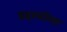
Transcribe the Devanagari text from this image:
डहाळीला